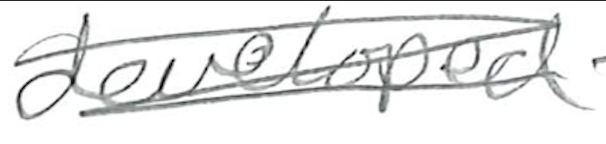
Text: developed
Cross-out: scratch
Writing tool: pencil